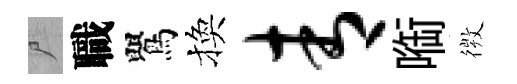
尸職鸎換青㗸𢕄